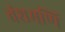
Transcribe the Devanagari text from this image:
वंशमणि